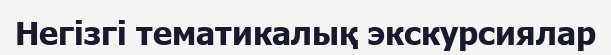
Негізгі тематикалық экскурсиялар